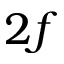
2 f